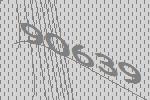
90639